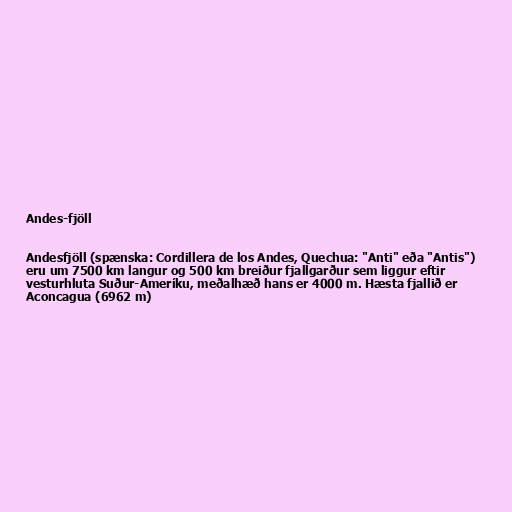
Andes-fjöll

Andesfjöll (spænska: Cordillera de los Andes, Quechua: "Anti" eða "Antis")
eru um 7500 km langur og 500 km breiður fjallgarður sem liggur eftir
vesturhluta Suður-Ameríku, meðalhæð hans er 4000 m. Hæsta fjallið er
Aconcagua (6962 m)